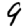
Digit: 9